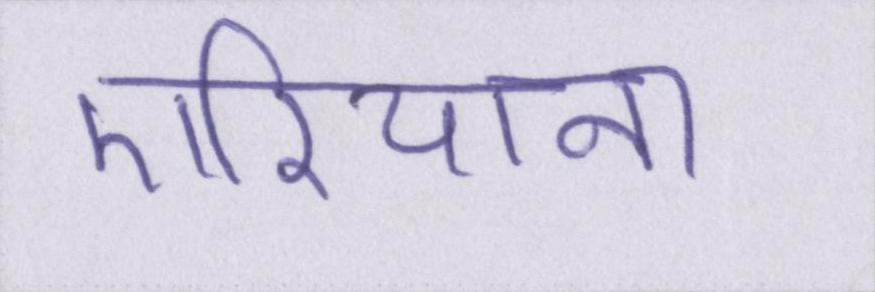
एरियाना